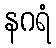
နဂရံ